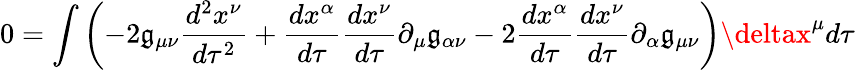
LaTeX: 0=\int\left(-2\mathfrak{g}_{\mu\nu}{\frac{{d^{2}x^{\nu}}}{{d\tau^{2}}}}+{\frac{{dx^{\alpha}}}{{d\tau}}}{\frac{{dx^{\nu}}}{{d\tau}}}\partial_{\mu}\mathfrak{g}_{\alpha\nu}-2{\frac{{dx^{\alpha}}}{{d\tau}}}{\frac{{dx^{\nu}}}{{d\tau}}}\partial_{\alpha}\mathfrak{g}_{\mu\nu}\right)\deltax^{\mu}d\tau